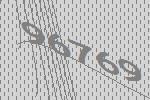
96769